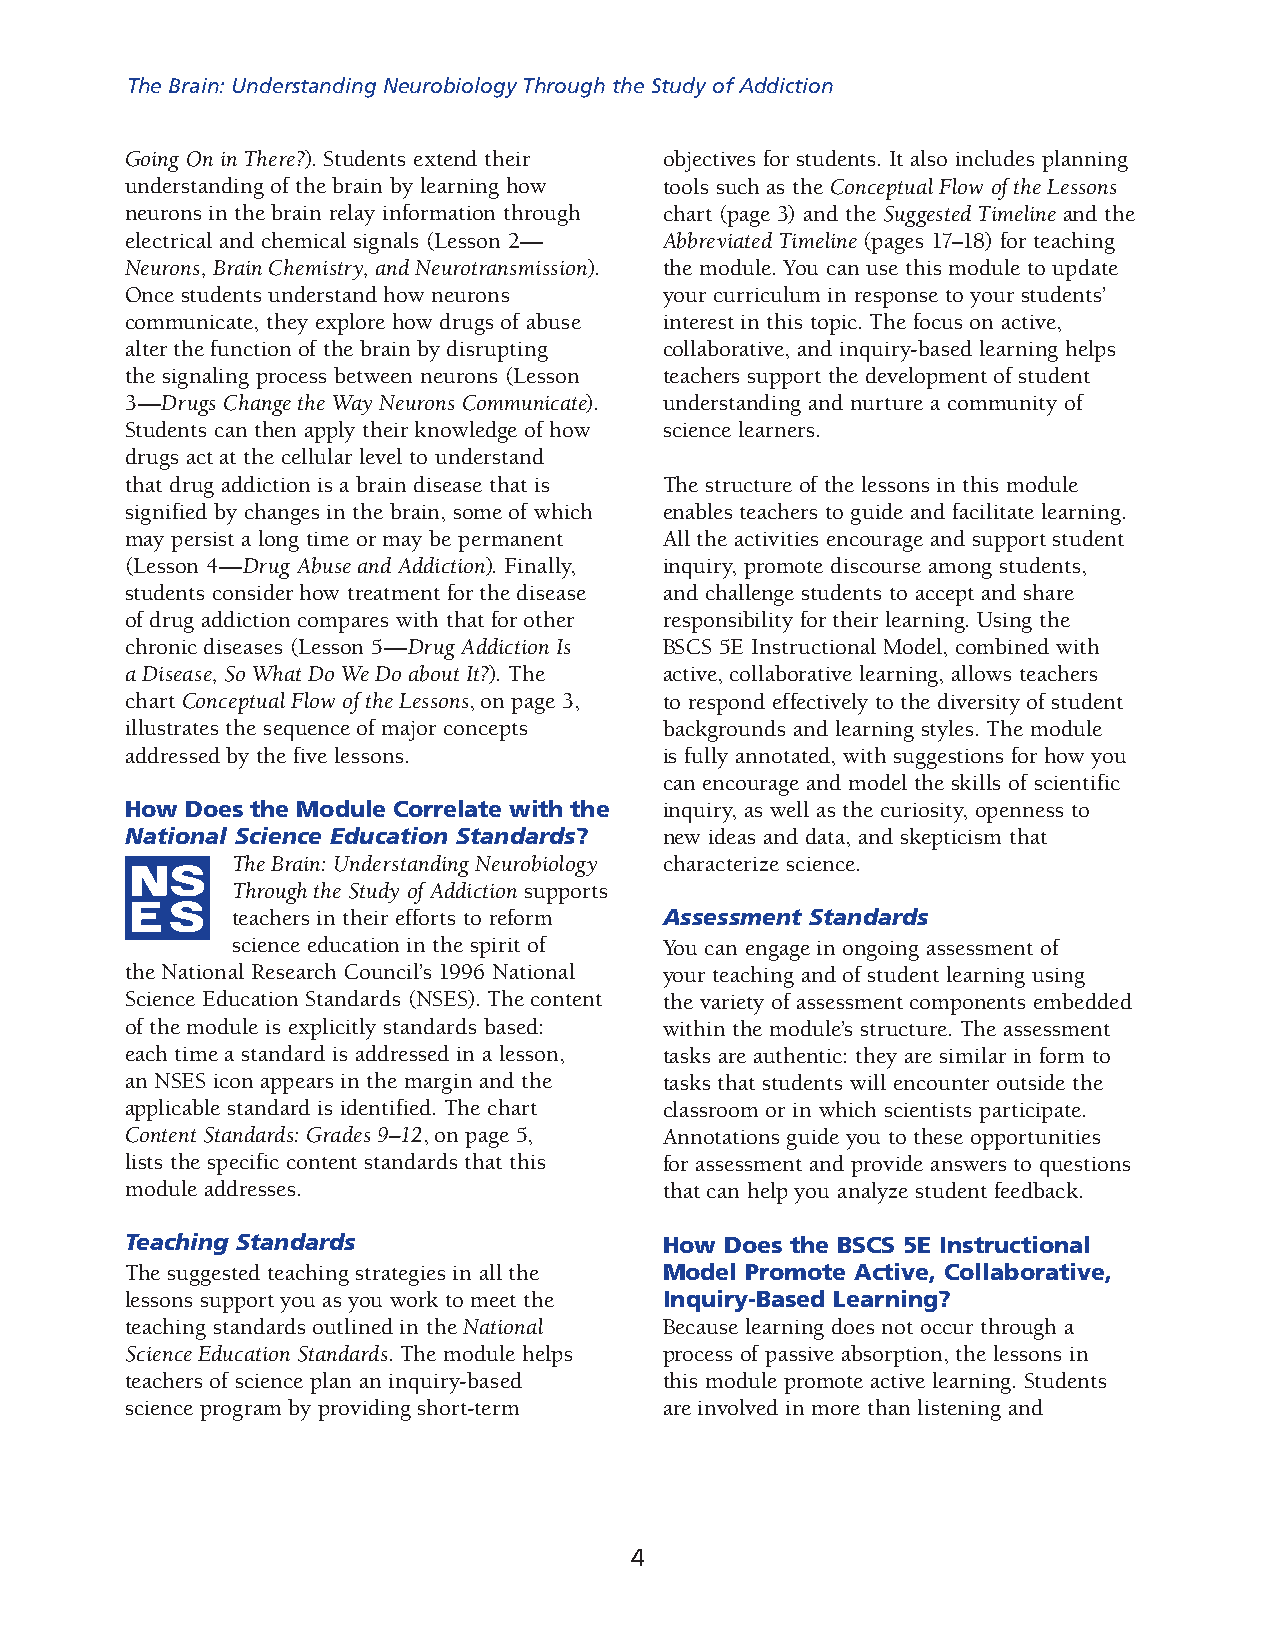
The Brain: Understanding Neurobiology Through the Study of Addiction
 Going On in There?). Students extend their objectives for students. It also includes planning
 understanding of the brain by learning how tools such as the Conceptual Flow of the Lessons
 neurons in the brain relay information through chart (page 3) and the Suggested Timeline and the
 electrical and chemical signals (Lesson 2— Abbreviated Timeline (pages 17–18) for teaching
 Neurons, Brain Chemistry, and Neurotransmission). the module. You can use this module to update
 Once students understand how neurons your curriculum in response to your students’
 communicate, they explore how drugs of abuse interest in this topic. The focus on active,
 alter the function of the brain by disrupting collaborative, and inquiry-based learning helps
 the signaling process between neurons (Lesson teachers support the development of student
 3—Drugs Change the Way Neurons Communicate). understanding and nurture a community of
 Students can then apply their knowledge of how science learners.
 drugs act at the cellular level to understand
 that drug addiction is a brain disease that is The structure of the lessons in this module
 signified by changes in the brain, some of which enables teachers to guide and facilitate learning.
 may persist a long time or may be permanent All the activities encourage and support student
 (Lesson 4—Drug Abuse and Addiction). Finally, inquiry, promote discourse among students,
 students consider how treatment for the disease and challenge students to accept and share
 of drug addiction compares with that for other responsibility for their learning. Using the
 chronic diseases (Lesson 5—Drug Addiction Is BSCS 5E Instructional Model, combined with
 a Disease, So What Do We Do about It?). The active, collaborative learning, allows teachers
 chart Conceptual Flow of the Lessons, on page 3, to respond effectively to the diversity of student
 illustrates the sequence of major concepts backgrounds and learning styles. The module
 addressed by the five lessons.      is fully annotated, with suggestions for how you
 can encourage and model the skills of scientific
 How Does the Module Correlate with the inquiry, as well as the curiosity, openness to
 National Science Education Standards? new ideas and data, and skepticism that
 The Brain: Understanding Neurobiology characterize science.
 Through the Study of Addiction supports
 teachers in their efforts to reform Assessment Standards
 science education in the spirit of You can engage in ongoing assessment of
 the National Research Council’s 1996 National your teaching and of student learning using
 Science Education Standards (NSES). The content the variety of assessment components embedded
 of the module is explicitly standards based: within the module’s structure. The assessment
 each time a standard is addressed in a lesson, tasks are authentic: they are similar in form to
 an NSES icon appears in the margin and the tasks that students will encounter outside the
 applicable standard is identified. The chart classroom or in which scientists participate.
 Content Standards: Grades 9–12, on page 5, Annotations guide you to these opportunities
 lists the specific content standards that this for assessment and provide answers to questions
 module addresses.                   that can help you analyze student feedback.
 Teaching Standards                  How Does the BSCS 5E Instructional
 The suggested teaching strategies in all the Model Promote Active, Collaborative,
 lessons support you as you work to meet the Inquiry-Based Learning?
 teaching standards outlined in the National Because learning does not occur through a
 Science Education Standards. The module helps process of passive absorption, the lessons in
 teachers of science plan an inquiry-based this module promote active learning. Students
 science program by providing short-term are involved in more than listening and
 4